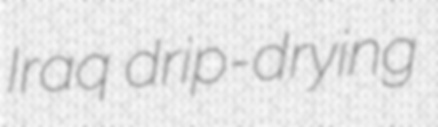
Iraq drip-drying